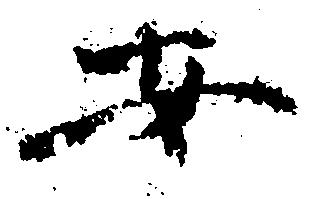
安